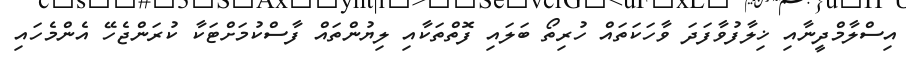
އިސްލާމްދީނާއި ޚިލާފުވާފަދަ ވާހަކަތައް ހުރިތޯ ބަލައި ފޮތްތަކާއި ލިޔުންތައް ފާސްކުމަށްޓަކާ ކުރަންޖެހޭ އެންމެހައި